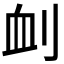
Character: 𠜄